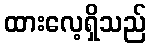
ထားလေ့ရှိသည်